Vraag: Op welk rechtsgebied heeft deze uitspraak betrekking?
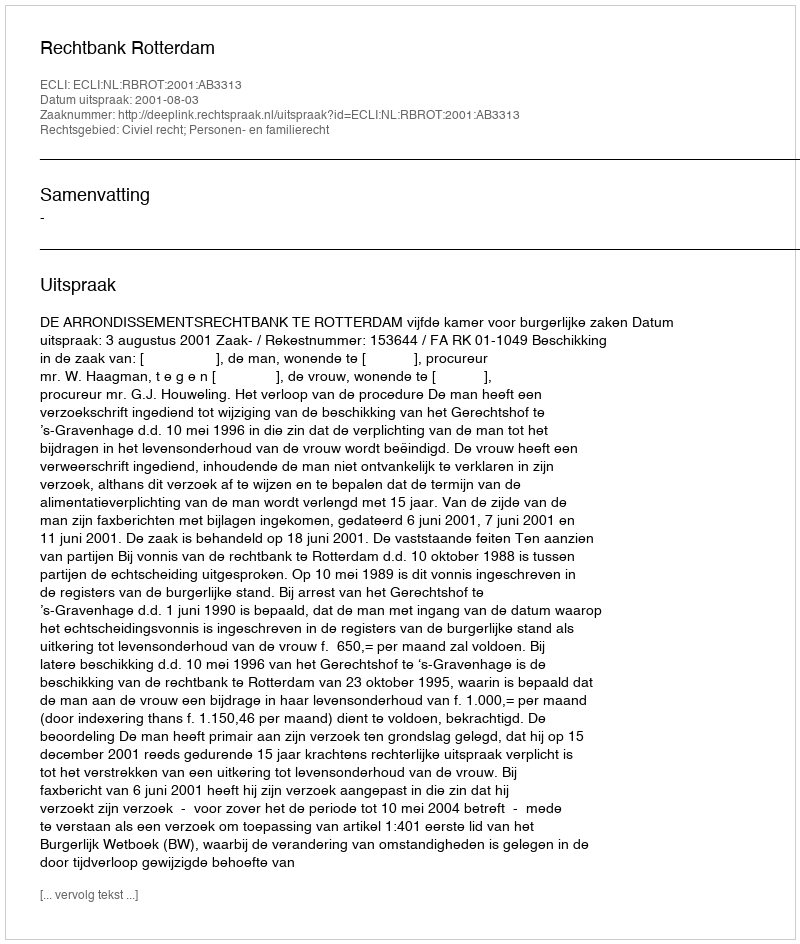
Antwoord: Civiel recht; Personen- en familierecht